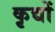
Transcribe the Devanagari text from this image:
कृद्यों